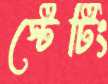
স্টেটিং